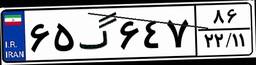
۶۵گ۶۴۷۸۶